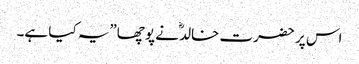
اس پر حضرت خالدؓ نے پوچھا”یہ کیا ہے۔